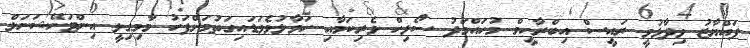
ފައްޔާޒު ވިދާޅުވީ ރައީސް އިބްރާހީމް މުހައްމަދު ސޯލިހް ވެެރިކަމާއި ހަވާލުވެވަޑައިގަތުމަށްފަހު މާމިގިލީ އިންޓަނޭޝަނަލް